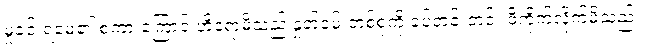
မှုခင်းရဲမေ၏ စကားကြောင့် ဟိရောမိသည် နှုတ်ခမ်းတစ်စုံကို ခပ်တင်းတင်း ဖိကိုက်လိုက်မိသည်။